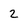
Character: 2